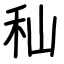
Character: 秈